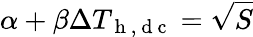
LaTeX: \alpha+\beta\Delta T_{\mathrm{~h~,~d~c~}}=\sqrt{S}